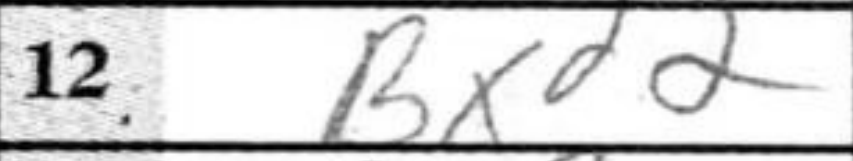
Transcription: Bxd2